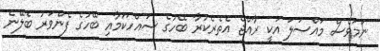
ނަމަވެސް މައްސަލަ އަކީ ރާއްޖެ އެތެރެކުރާ ބޭހުގެ ސައްހަކަމާއި ބޭހުގެ ފެންވަރު ބެލޭނެ